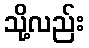
သို့လည်း